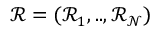
\mathcal { R } = ( \mathcal { R } _ { 1 } , . . , \mathcal { R } _ { \mathcal { N } } )